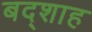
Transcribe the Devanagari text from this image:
बद्शाह